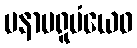
မနာပရူပံယေဝ